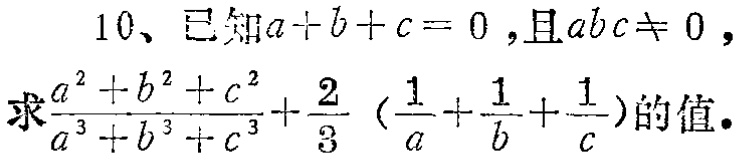
10、已知\(a + b + c = 0\)，且\(abc\neq 0\)，求\(\frac{a^{2}+b^{2}+c^{2}}{a^{3}+b^{3}+c^{3}}+\frac{2}{3}(\frac{1}{a}+\frac{1}{b}+\frac{1}{c})\)的值。